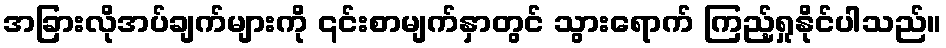
အခြားလိုအပ်ချက်များကို ၎င်းစာမျက်နှာတွင် သွားရောက် ကြည့်ရှုနိုင်ပါသည်။